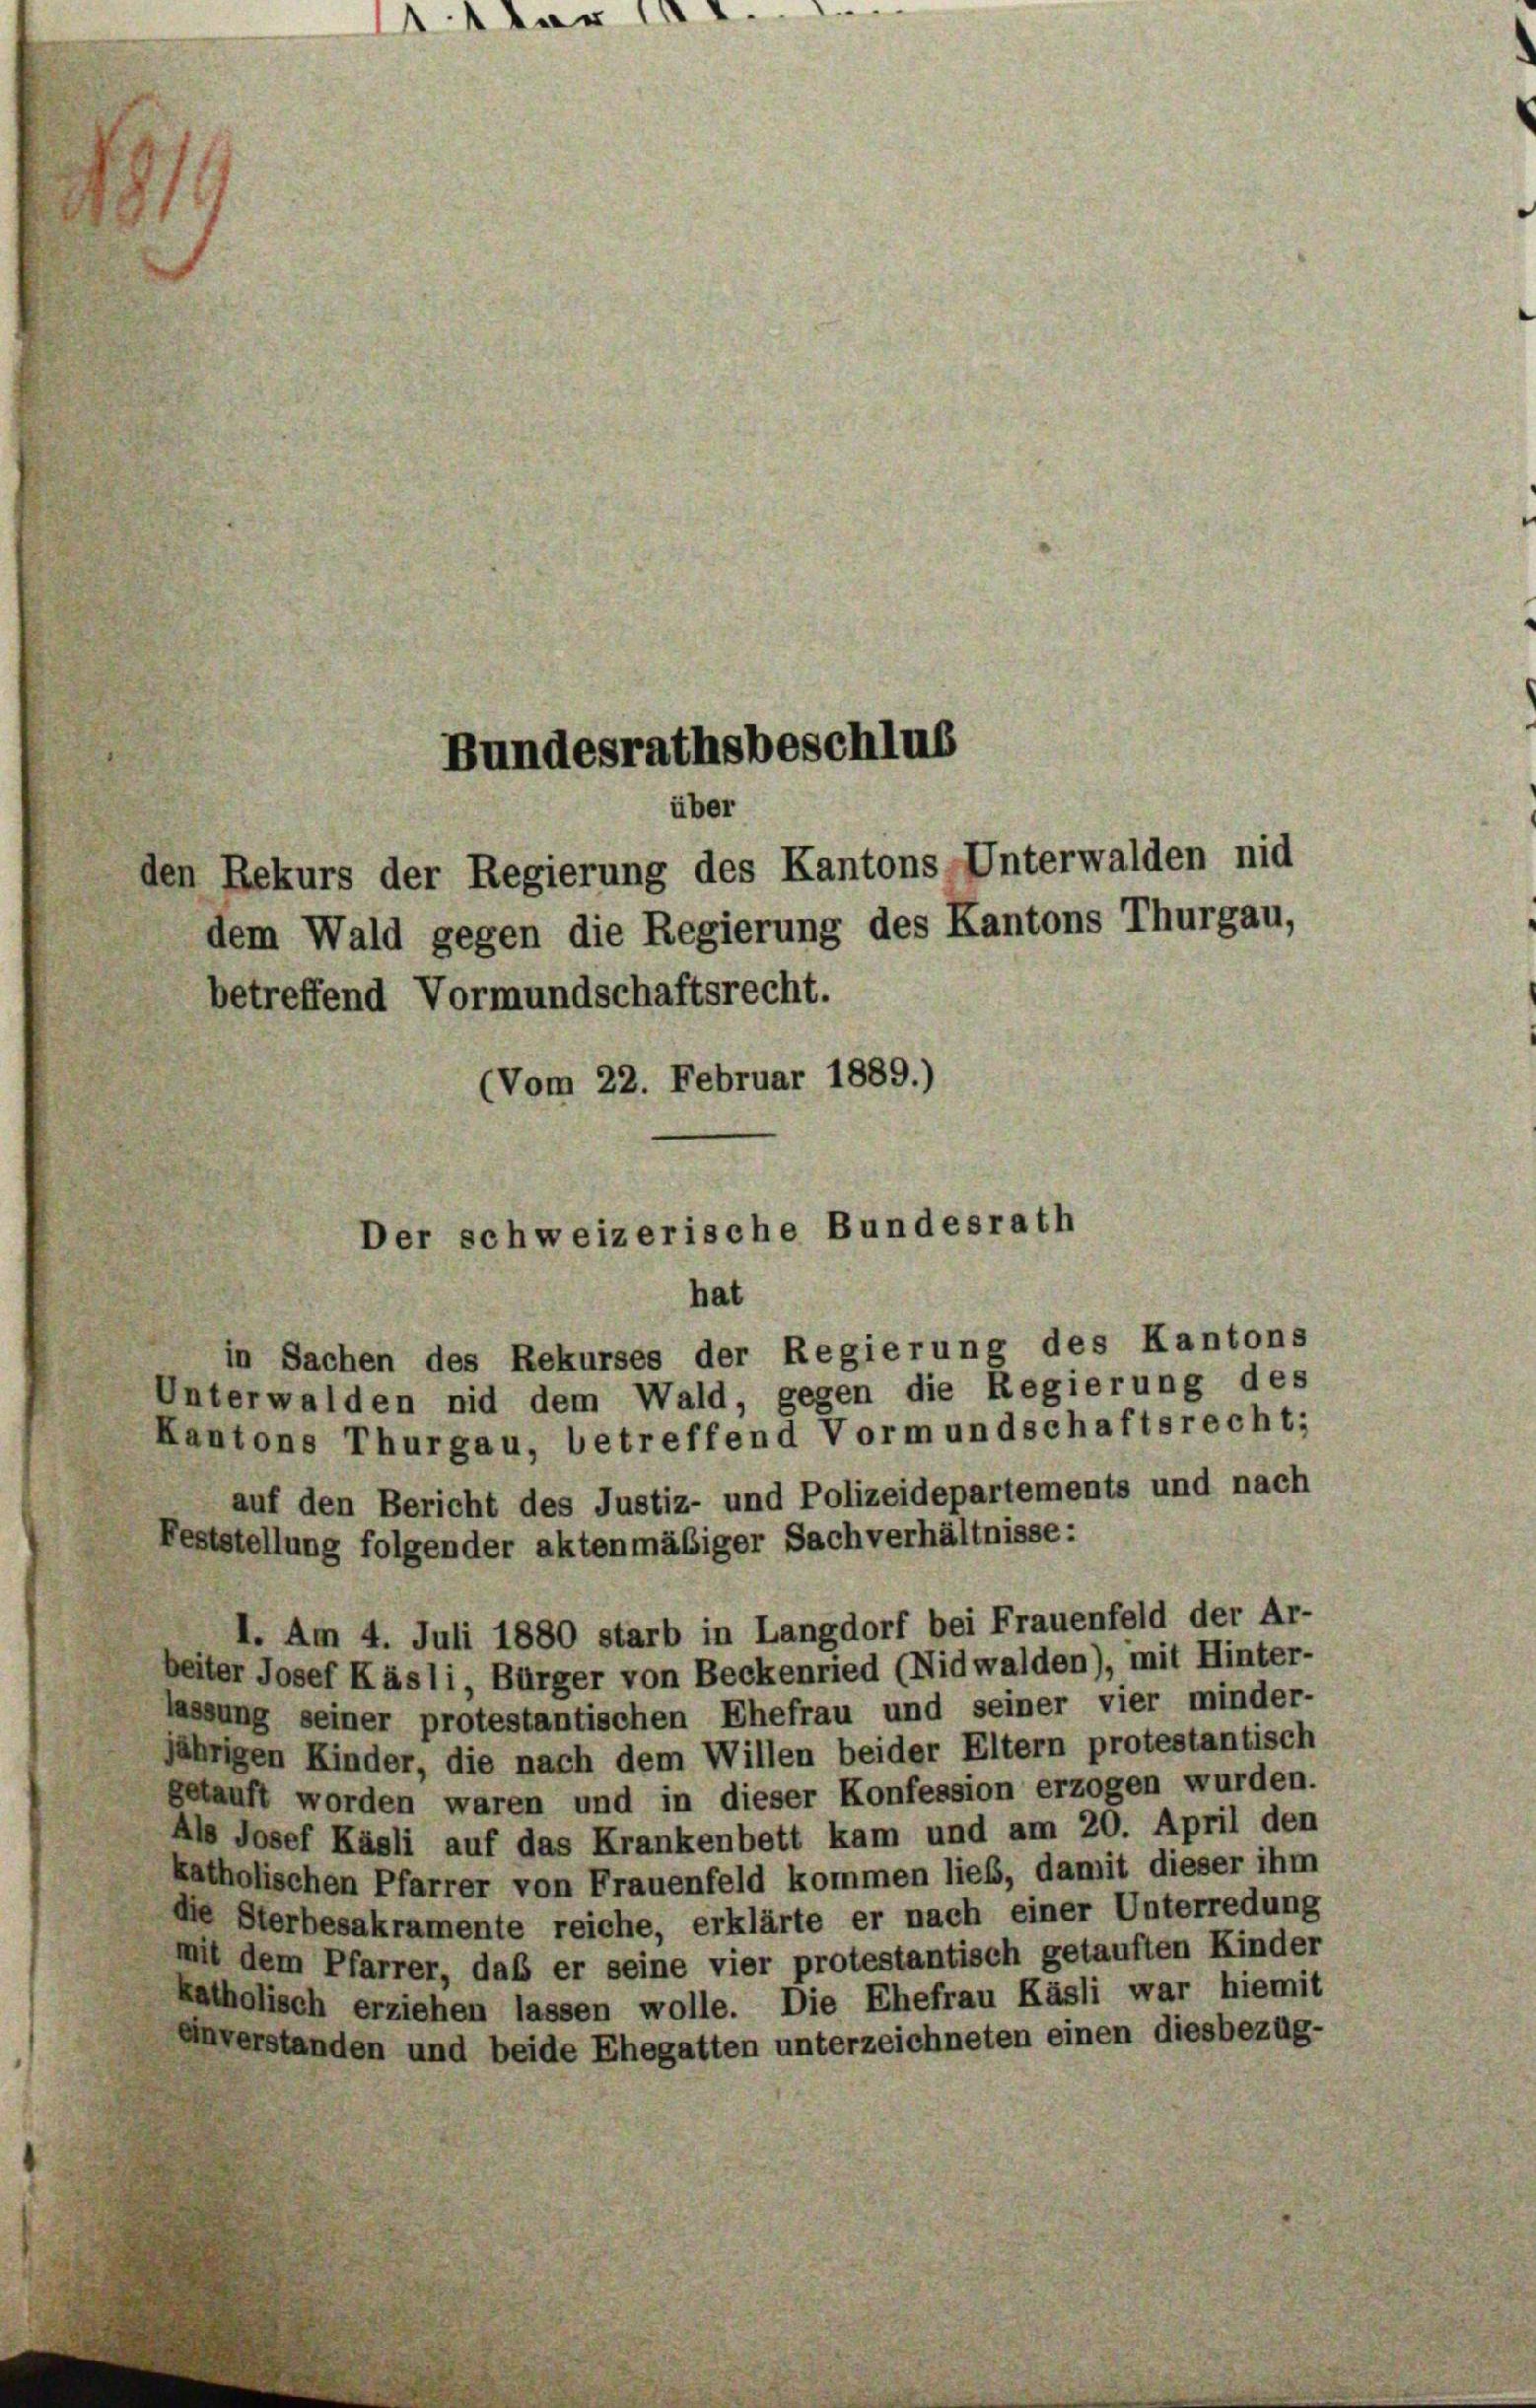
1

1ter

Bundesrathsbeschlus
über
den Rekurs der Regierung des Kantons Unterwalden nid

betreffend Vormundschaftsrecht.
(Vom 22. Februar 1889.)

dem Wald gegen die Regierung des Kantons Thurgau,

Der schweizerische Bundesrath
hat

in Sachen des Rekurses der Regierung des Kantons
Unterwalden nid dem Wald, gegen die Regierung des
Kantons Thurgau, betreffend Vormundschaftsrecht;
auf den Bericht des Justiz- und Polizeidepartements und nach
Feststellung folgender aktenmäßiger Sachverhältnisse:
I. Am 4. Juli 1880 starb in Langdorf bei Frauenfeld der Ar-
beiter Josef Käsli, Bürger von Beckenried (Nidwalden), mit Hinter-
lassung seiner protestantischen Ehefrau und seiner vier minder-
jährigen Kinder, die nach dem Willen beider Eltern protestantisch
getauft worden waren und in dieser Konfession erzogen wurden.
Als Josef Käsli auf das Krankenbett kam und am 20. April den
katholischen Pfarrer von Frauenfeld kommen lieb, damit dieser ihm
die Sterbesakramente reiche, erklärte er nach einer Unterredung
mit dem Pfarrer, daß er seine vier protestantisch getauften Kinder
katholisch erziehen lassen wolle. Die Ehefrau Käsli war hiemit
einverstanden und beide Ehegatten unterzeichneten einen diesbezüg-